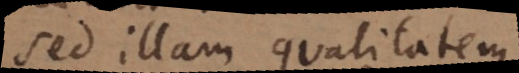
sed illam qualitatem